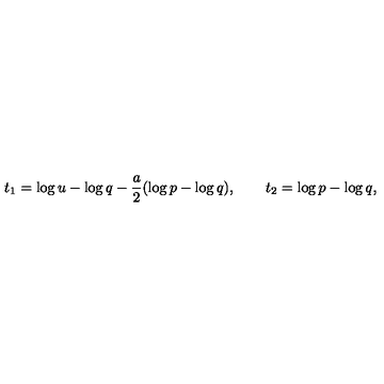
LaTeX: t _ { 1 } = \log u - \log q - \frac { a } { 2 } ( \log p - \log q ) , \qquad t _ { 2 } = \log p - \log q ,